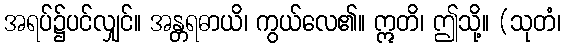
အရပ်၌ပင်လျှင်။ အန္တရဓာယိ၊ ကွယ်လေ၏။ ဣတိ၊ ဤသို့။ (သုတံ၊